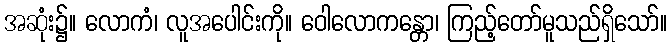
အဆုံး၌။ လောကံ၊ လူအပေါင်းကို။ ဝေါလောကန္တော၊ ကြည့်တော်မူသည်ရှိသော်။